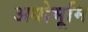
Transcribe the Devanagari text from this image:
अधोभूमि